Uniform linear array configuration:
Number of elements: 4
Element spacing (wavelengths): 1
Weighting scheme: hann
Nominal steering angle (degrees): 45
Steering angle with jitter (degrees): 43.388
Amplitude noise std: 0.05
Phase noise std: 0.05

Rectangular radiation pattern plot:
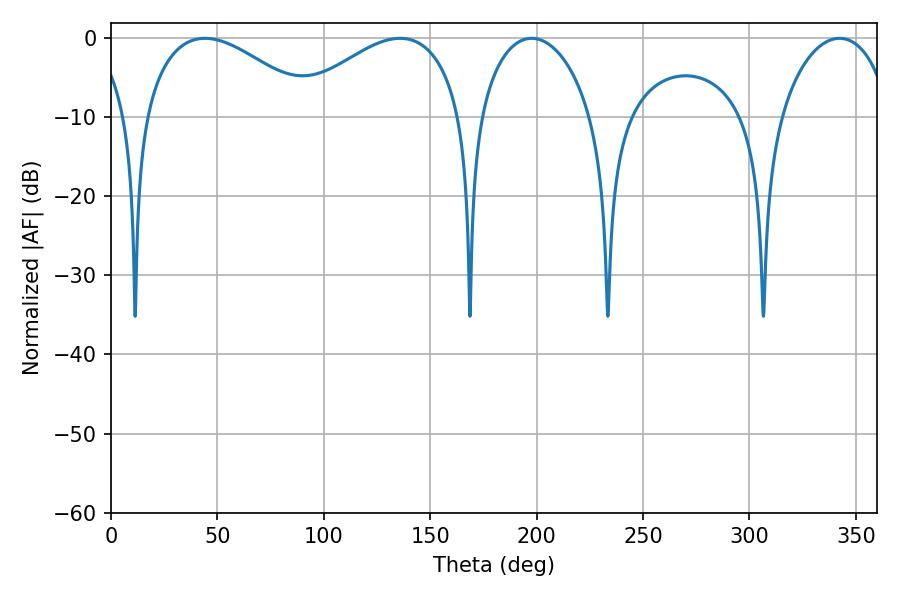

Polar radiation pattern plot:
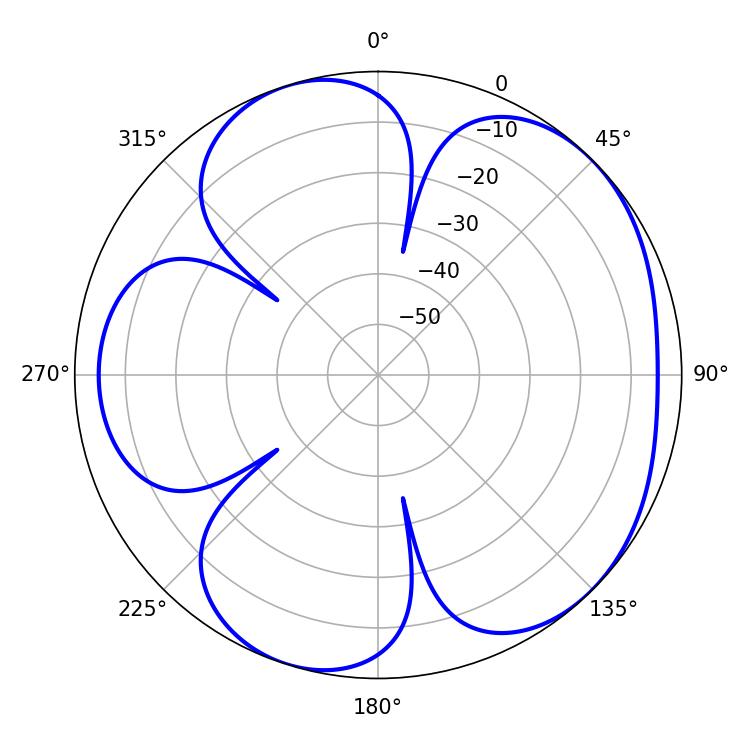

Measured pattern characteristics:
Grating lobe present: TRUE
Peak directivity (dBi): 5.018
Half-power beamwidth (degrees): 30.42
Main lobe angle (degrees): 197.64